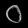
Digit: ၀